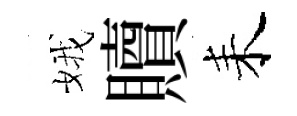
娥贖耒